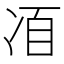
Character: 𠗍